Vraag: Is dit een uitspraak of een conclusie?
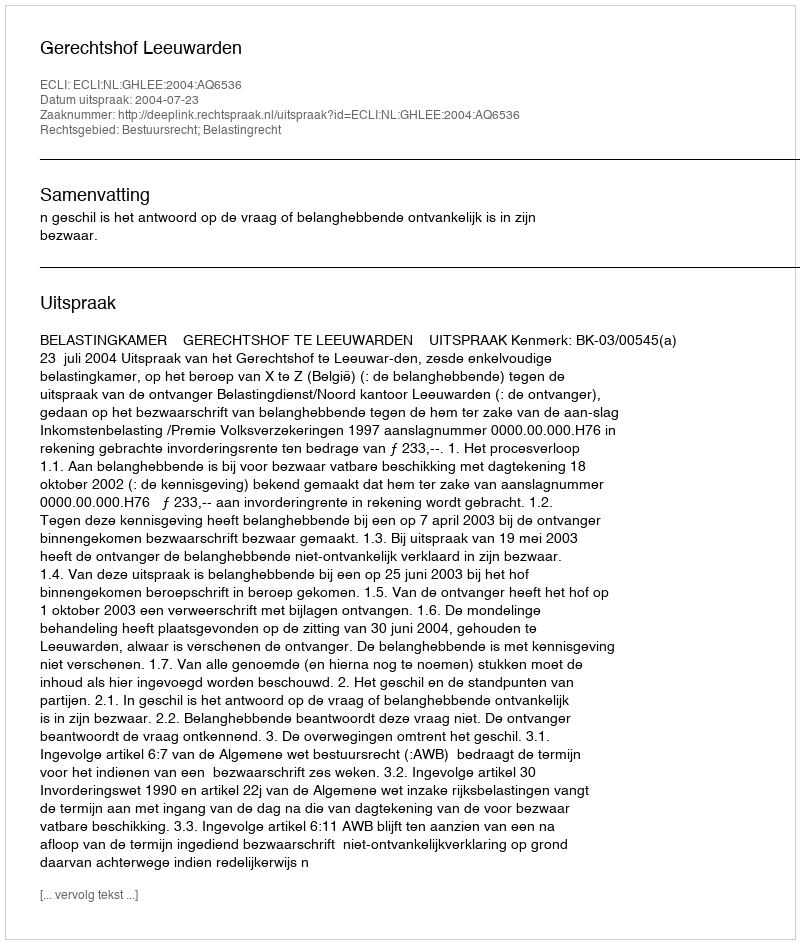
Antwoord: Uitspraak